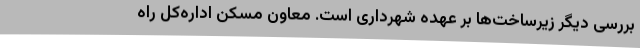
بررسی دیگر زیرساخت‌ها بر عهده شهرداری است. معاون مسکن اداره‌کل راه